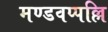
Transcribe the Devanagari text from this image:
मण्डवप्पल्लि